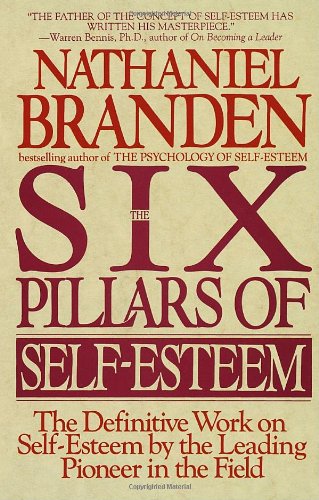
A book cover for The Six Pillars of Self-Esteem:  The Definitive Work on Self-Esteem by the Leading Pioneer in the Field; Nathaniel Branden; Self-Help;